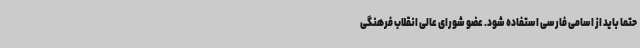
حتما باید از اسامی فارسی استفاده شود. عضو شورای عالی انقلاب فرهنگی